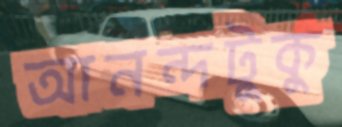
আনন্দটুকু